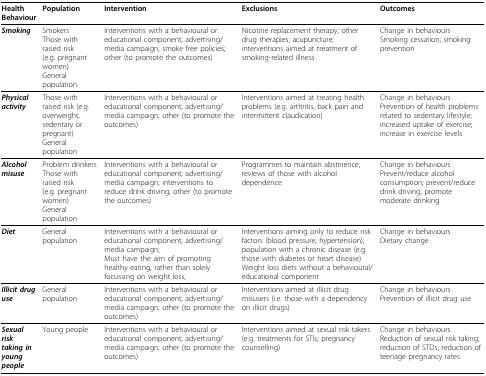
<table><thead><tr><td><b>Health Behaviour</b></td><td><b>Population</b></td><td><b>Intervention</b></td><td><b>Exclusions</b></td><td><b>Outcomes</b></td></tr></thead><tbody><tr><td><b><i>Smoking</i></b></td><td>SmokersThose with raised risk(e.g. pregnant women)General population</td><td>Interventions with a behavioural or educational component; advertising/media campaign; smoke free policies; other (to promote the outcomes)</td><td>Nicotine replacement therapy; other drug therapies; acupuncture; interventions aimed at treatment of smoking-related illness</td><td>Change in behavioursSmoking cessation; smoking prevention</td></tr><tr><td><b><i>Physical activity</i></b></td><td>Those with raised risk (e.g. overweight, sedentary or pregnant)General population</td><td>Interventions with a behavioural or educational component; advertising/media campaign; other (to promote the outcomes)</td><td>Interventions aimed at treating health problems (e.g. arthritis, back pain and intermittent claudication)</td><td>Change in behavioursPrevention of health problems related to sedentary lifestyle; increased uptake of exercise; increase in exercise levels</td></tr><tr><td><b><i>Alcohol misuse</i></b></td><td>Problem drinkersThose with raised risk(e.g. pregnant women)General population</td><td>Interventions with a behavioural or educational component; advertising/media campaign; interventions to reduce drink driving; other (to promote the outcomes)</td><td>Programmes to maintain abstinence; reviews of those with alcohol dependence</td><td>Change in behavioursPrevent/reduce alcohol consumption; prevent/reduce drink driving; promote moderate drinking</td></tr><tr><td><b><i>Diet</i></b></td><td>General population</td><td>Interventions with a behavioural or educational component; advertising/media campaign;Must have the aim of promoting healthy eating, rather than solely focussing on weight loss;</td><td>Interventions aiming only to reduce risk factors (blood pressure; hypertension); population with a chronic disease (e.g. those with diabetes or heart disease)Weight loss diets without a behavioural/educational component</td><td>Change in behavioursDietary change</td></tr><tr><td><b><i>Illicit drug use</i></b></td><td>General population</td><td>Interventions with a behavioural or educational component; advertising/media campaign; other (to promote the outcomes)</td><td>Interventions aimed at illicit drug misusers (i.e. those with a dependency on illicit drugs)</td><td>Change in behavioursPrevention of illicit drug use</td></tr><tr><td><b><i>Sexual risk taking in young people</i></b></td><td>Young people</td><td>Interventions with a behavioural or educational component; advertising/media campaign; other (to promote the outcomes)</td><td>Interventions aimed at sexual risk takers (e.g. treatments for STIs; pregnancy counselling)</td><td>Change in behavioursReduction of sexual risk taking; reduction of STDs; reduction of teenage pregnancy rates</td></tr></tbody></table>